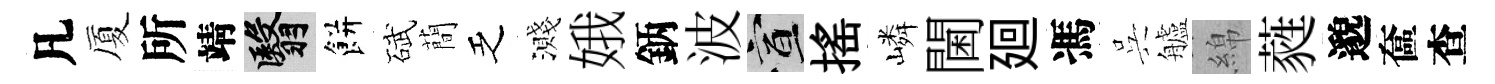
凡厦所靖翳餅碔蕳乏濺娥鈵波宣揺嶙閫廻馮呉艫綿蕤邈奩查